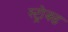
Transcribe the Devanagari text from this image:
स्ट्रोक्ड